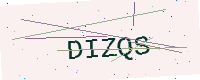
Text: DIZQS